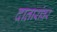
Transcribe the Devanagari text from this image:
दातारांवर